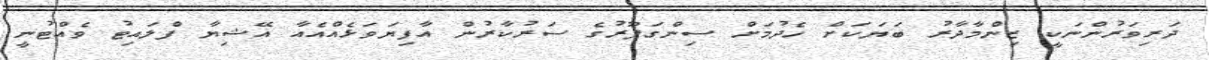
ދަރިވަރުންނަކީ ޒިންމާދާރު ބަޔަކަށް ހެދުމަށް ސިންގަޕޫރުގެ ސަރުކާރުން އާފިޔަވަޅެއްއެއާ އޭޝިޔާ ފްލައިޓު ވެއްޓުނީ